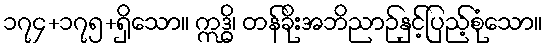
၁၇၄+၁၇၅+ရှိသော။ ဣဒ္ဓိ၊ တန်ခိုးအဘိညာဉ်နှင့်ပြည့်စုံသော။